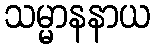
သမ္မာနနာယ